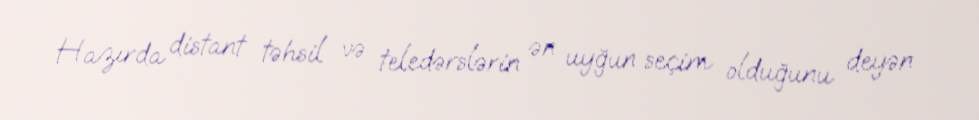
Hazırda distant təhsil və teledərslərin ən uyğun seçim olduğunu deyən